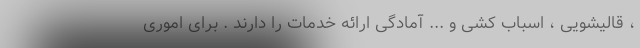
، قالیشویی ، اسباب کشی و ... آمادگی ارائه خدمات را دارند . برای اموری